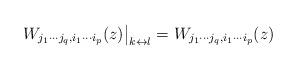
LaTeX: \begin{align*}\qquad\left.W_{j_1\cdots j_q,i_1\cdots i_p}(z)\right|_{k\leftrightarrow l} =W_{j_1\cdots j_q,i_1\cdots i_p}(z) \qquad\end{align*}